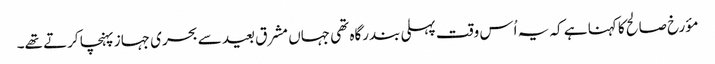
مؤرخ صالح کا کہنا ہے کہ یہ اُس وقت پہلی بندرگاہ تھی جہاں مشرق بعید سے بحری جہاز پہنچا کرتے تھے۔